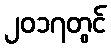
၂၀၁၇တွင်